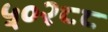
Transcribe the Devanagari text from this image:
५०२८८